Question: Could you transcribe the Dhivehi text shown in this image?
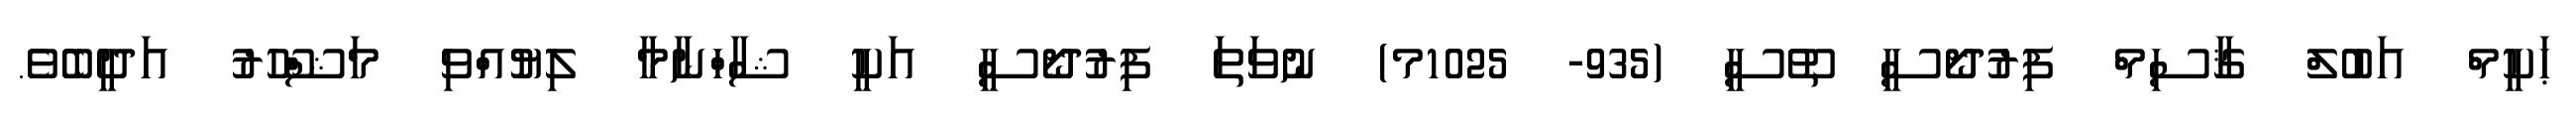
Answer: ޙަކީމް އަބުލް ޤާސިމް ފިރުދޯސީ ތޫސީ (935- 1025މ) ނުވަތަ ފިރުދޯސީ އަކީ ޝާހްނާމާ ލިޔުއްވި މަޝްހޫރު އަދީބެވެ.